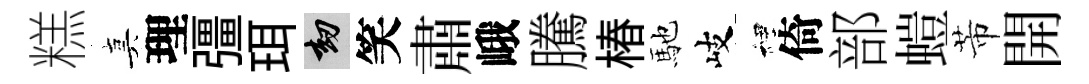
糕真理彊珥劫笑肅峨騰椿馳岐裡倚部螘芾開